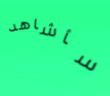
سأشاهد